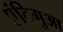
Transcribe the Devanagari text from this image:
एंटिगुआ